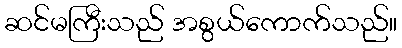
ဆင်မကြီးသည် အစွယ်ကောက်သည်။